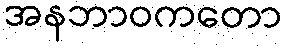
အနဘာဝကတော